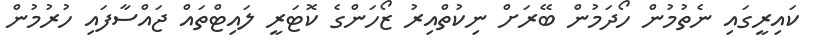
ކައިރީގައި ނެތުމުން ހޯދަމުން ބޭރަށް ނިކުތްއިރު ޒޯހަންގެ ކޮޓަރީ ލައިޓްތައް ޖައްސާފައި ހުރުމުން